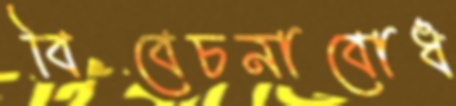
বিবেচনাবোধ